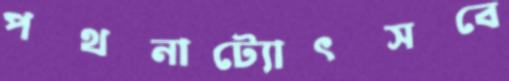
পথনাট্যোৎসবে